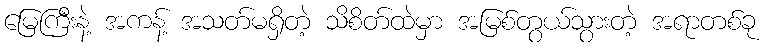
မြေကြီးနဲ့ အကန့် အသတ်မရှိတဲ့ သိစိတ်ထဲမှာ အမြစ်တွယ်သွားတဲ့ အရာတစ်ခု